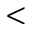
<